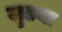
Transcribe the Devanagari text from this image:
लुडया